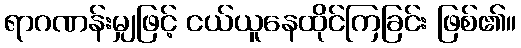
ရာဂဏန်းမျှဖြင့် ငယ်ယူနေထိုင်ကြခြင်း ဖြစ်၏။